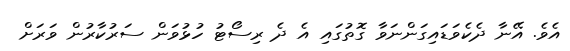
އެވެ. އޭނާ ދެކެވަޑައިގަންނަވާ ގޮތުގައި އެ ދެ ރިސޯޓު ހުޅުވަން ސަރުކާރުން ވަރަށް